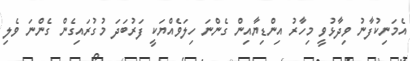
އެމަނިކުފާނު ވިދާޅުވީ މިހާރު އިންޑިޔާއިން ގެންނަ ހިލަވެއްޔަކީ ފަރުބަދަ މުގުރައިގެން ގެންނަ ވެލި